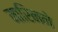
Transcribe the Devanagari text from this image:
मारिनने